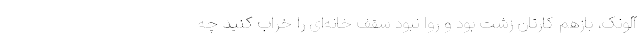
آلونک، بازهم کارتان زشت بود و روا نبود سقف خانه‌ای را خراب کنید چه